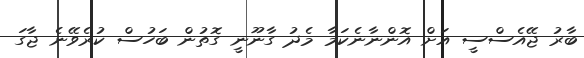
ބާރު ޖޭއެސްސީ އަށް އޮންނާނެކަމާ މެދު ގާނޫނީ ގޮތުން ބަހުސް ކުރެވޭނެ ޖާގަ